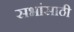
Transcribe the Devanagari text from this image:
सभांसाठी